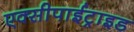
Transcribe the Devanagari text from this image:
एक्सीपाईट्राइड